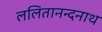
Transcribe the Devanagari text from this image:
ललितानन्दनाथ